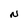
Character: N